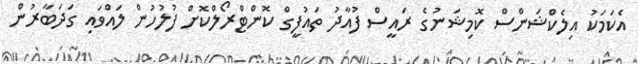
އެކަމަކު އިލެކްޝަންސް ކޮމިޝަނުގެ ރައީސް ފުއާދު ތައުފީގް ކޮންޓްރޯލްކޮށް ފުލުހުން ލައްވައި ގަދަބާރުން